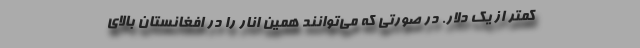
کمتر از یک دلار. در صورتی که می‌توانند همین انار را در افغانستان بالای